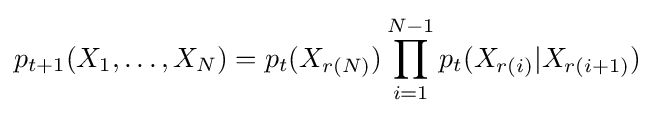
p_{t+1}(X_{1},\dots ,X_{N})=p_{t}(X_{r(N)})\prod _{i=1}^{N-1}p_{t}(X_{r(i)}|X_{r(i+1)})